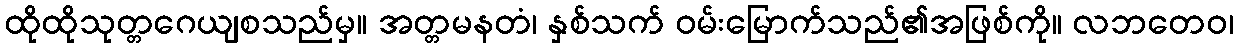
ထိုထိုသုတ္တဂေယျစသည်မှ။ အတ္တမနတံ၊ နှစ်သက် ဝမ်းမြောက်သည်၏အဖြစ်ကို။ လဘတေဝ၊